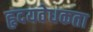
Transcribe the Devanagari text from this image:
हृदयवेधकता